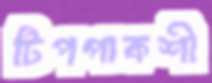
টিপপাকশী